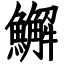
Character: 䲒